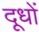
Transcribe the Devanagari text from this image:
दूधों